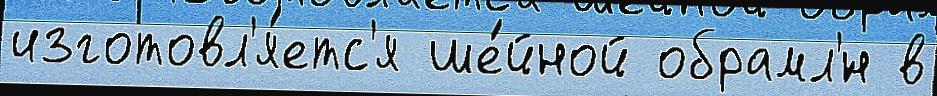
изготовл'я́етс'я ше́йной обрамл'́н в